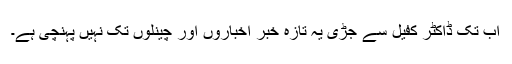
اب تک ڈاکٹر کفیل سے جڑی یہ تازہ خبر اخباروں اور چینلوں تک نہیں پہنچی ہے۔